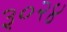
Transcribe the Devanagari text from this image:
३०२४